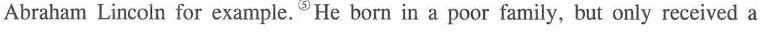
Abraham Lincoln for example.⑤He bornin a poor family, but only received a